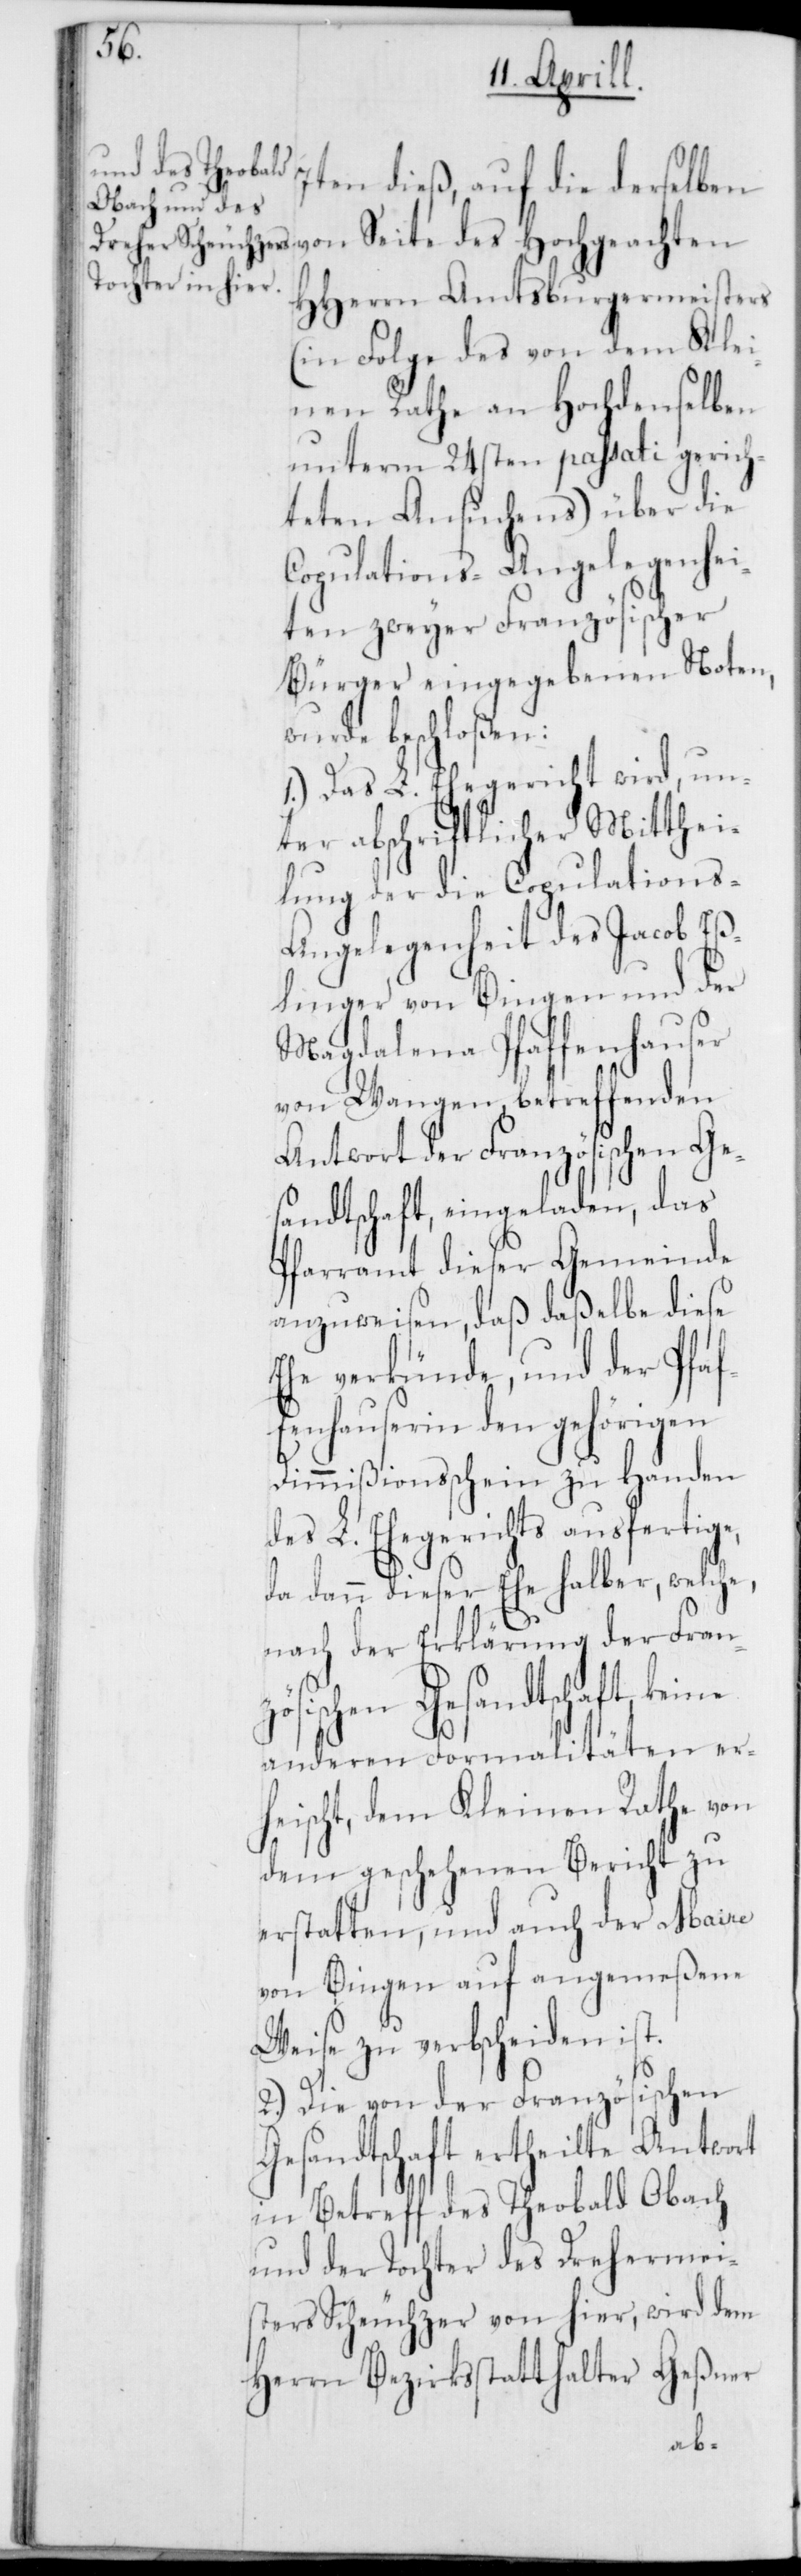
w¬

7ten dieß, auf die derselben
von Seite des Hochgeachten
HHerrn Amtsburgermeisters
(in Folge des von dem Klei¬
nen Rathe an Hochdenselben
unterm 24sten passati gerich¬
teten Ansuchens) über die
Copulations-Angelegenhei¬
ten zweyer Französischer
Bürger eingegebenen Noten,
urde beschloßen:
1.) Das L. Ehegericht wird, un¬
ter abschriftlicher Mitthei¬
lung der die Copulations-A¬
ngelegenheit des Jacob Eß¬
linger von Bingen und der
Magdalena Pfaffenhauser
von Wangen betreffenden
Antwort der Französischen Ge¬
sandtschaft, eingeladen, das
Pfarramt dieser Gemeinde
anzuweisen, daß daßelbe diese
Ehe verkünde, und der Pfaf¬
fenhauserin den gehörigen
Dimißionsschein zu Handen
des L. Ehegerichts ausfertige,
da dann dieser Ehe halber, welche,
nach der Erklärung der Fran¬
zösischen Gesandtschaft keine
anderen Formalitäten er¬
heischt, dem Kleinen Rathe von
dem geschehenen Bericht zu
erstatten, und auch der Maire
von Bingen auf angemeßene
Weise zu verbscheiden ist.
2.) Die von der Französischen
Gesandtschaft ertheilte Antwort
in Betreff des Theobald Obach
und der Tochter des Drehermei¬
sters Scheuchzer von hier, wird dem
Herrn Bezirksstatthalter Geßner